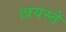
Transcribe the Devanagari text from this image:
।त्रयस्ते